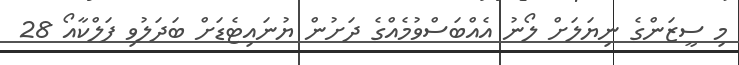
މި ސީޒަންގެ ނިޔަލަށް ލޯނު އެއްބަސްވުމެއްގެ ދަށުން ޔުނައިޓެޑަށް ބަދަލުވި ފަލްކާއޯ 28